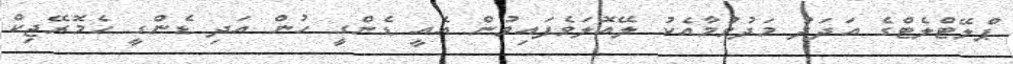
ޕްލޭޓްލެޓްގެ އަދަދު މަދުވުމާއެކު ލޭއޮލަވެފައިވުން އެއީ ޑެންގީ ހުން އަދި ޑެންގީ ހެމޮރޭޖިކް